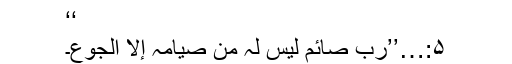
‘‘
۵:…’’رُبَّ صائمٍ لیس لہٗ من صیامہٖ إلا الجوع۔